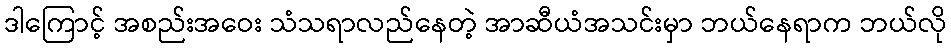
ဒါကြောင့် အစည်းအဝေး သံသရာလည်နေတဲ့ အာဆီယံအသင်းမှာ ဘယ်နေရာက ဘယ်လို